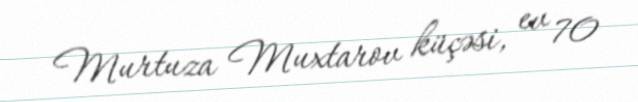
Murtuza Muxtarov küçəsi, ev 70